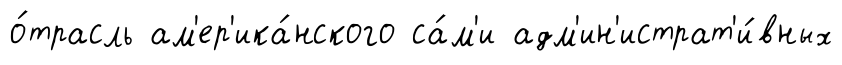
о́трасль ам'ер'ика́нского са́м'и адм'ин'истрат'и́вных